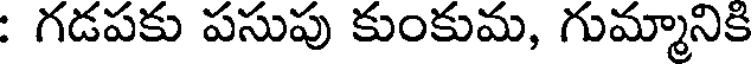
: గడపకు పసుపు కుంకుమ, గుమ్మానికి